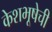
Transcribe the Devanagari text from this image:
केशभूषेची